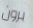
برون